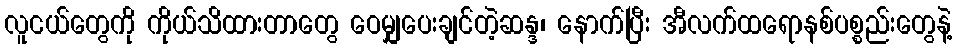
လူငယ်တွေကို ကိုယ်သိထားတာတွေ ဝေမျှပေးချင်တဲ့ဆန္ဒ၊ နောက်ပြီး အီလက်ထရောနစ်ပစ္စည်းတွေနဲ့